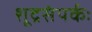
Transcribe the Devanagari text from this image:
शूद्रसंपर्कः